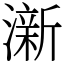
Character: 澵